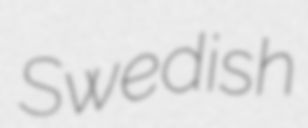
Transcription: Swedish